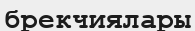
брекчиялары